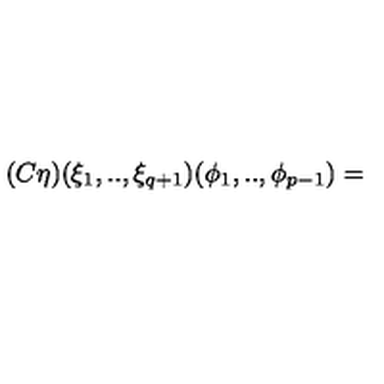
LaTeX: ( C \eta ) ( \xi _ { 1 } , . . , \xi _ { q + 1 } ) ( \phi _ { 1 } , . . , \phi _ { p - 1 } ) =